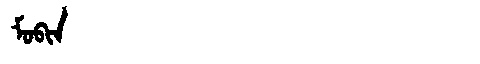
Manchu: ᠮᠣᠪᡳᠨ
Romanization: MOBIN